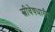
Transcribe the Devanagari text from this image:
स्त्रीवेषधारी